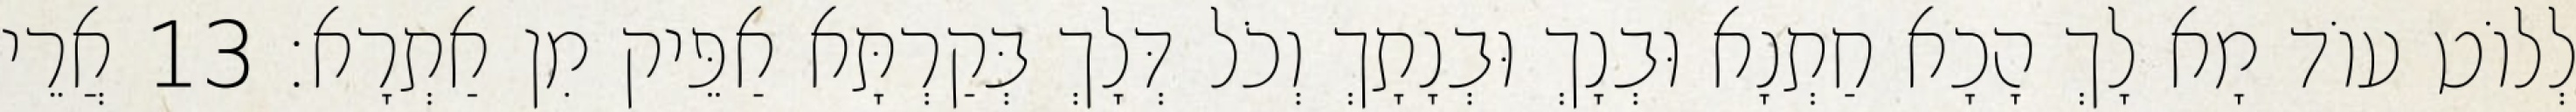
לְלוֹט עוֹד מָא לָךְ הָכָא חַתְנָא וּבְנָךְ וּבְנָתָךְ וְכֹל דְּלָךְ בְּקַרְתָּא אַפֵּיק מִן אַתְרָא׃ 13 אֲרֵי